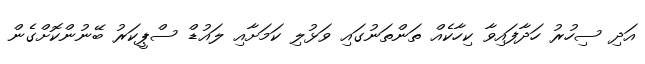
އަދި ސިހުރު ހަދާފައިވާ ކިހާކެއް ތަންތަނުގައި ވަޅުލި ކަމަށާއި ލައުޑް ސްޕީކަރު ބޭނުންކޮށްގެން